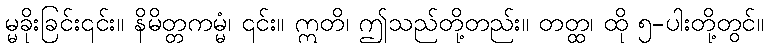
မ္မခိုးခြင်း၎င်း။ နိမိတ္တကမ္မံ၊ ၎င်း။ ဣတိ၊ ဤသည်တို့တည်း။ တတ္ထ၊ ထို ၅-ပါးတို့တွင်။